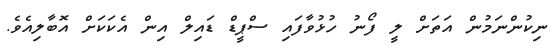
ނިކުންނަމުން އަތަށް ލީ ފޯނު ހުޅުވާފައި ސްޕީޑް ޑައިލް އިން އެކަކަށް އޮބާލިއެވެ.